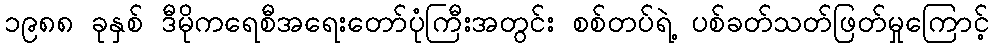
၁၉၈၈ ခုနှစ် ဒီမိုကရေစီအရေးတော်ပုံကြီးအတွင်း စစ်တပ်ရဲ့ ပစ်ခတ်သတ်ဖြတ်မှုကြောင့်